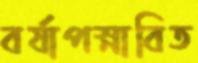
বর্ষাপস্নাবিত